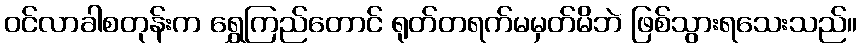
ဝင်လာခါစတုန်းက ရွှေကြည်တောင် ရုတ်တရက်မမှတ်မိဘဲ ဖြစ်သွားရသေးသည်။